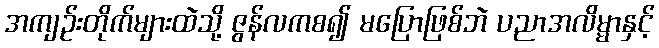
အကျဉ်းတိုက်များထဲသို့ ဇွန်လကစ၍ မပြောဖြစ်ဘဲ ပညာအလိမ္မာနှင့်